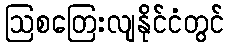
ဩစတြေးလျနိုင်ငံတွင်